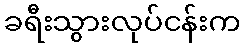
ခရီးသွားလုပ်ငန်းက